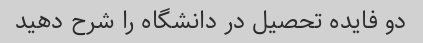
دو فایده تحصیل در دانشگاه را شرح دهید